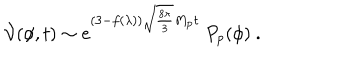
{ \cal V } ( \phi , t ) \sim e ^ { ( 3 - f ( \lambda ) ) \sqrt { \frac { 8 \pi } { 3 } } M _ { \mathrm { p } } t } \ P _ { p } ( \phi ) \ .